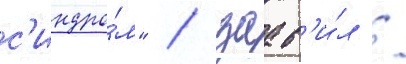
с'индро́м" / заав'и́л /